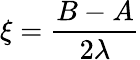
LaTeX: \xi=\frac{B-A}{2\lambda}